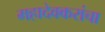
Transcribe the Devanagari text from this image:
महादेवकरांचा